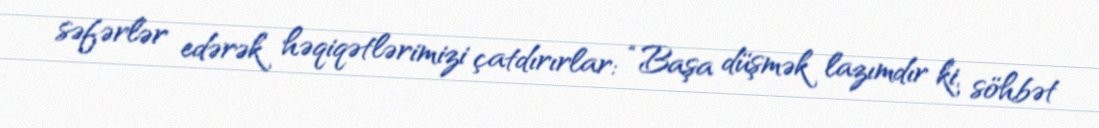
səfərlər edərək həqiqətlərimizi çatdırırlar: “Başa düşmək lazımdır ki, söhbət